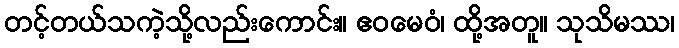
တင့်တယ်သကဲ့သို့လည်းကောင်း။ ဧဝမေဝံ၊ ထို့အတူ။ သုသိမဿ၊